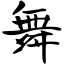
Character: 舞